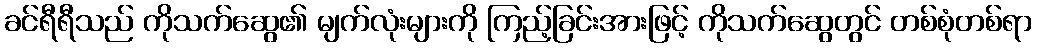
ခင်ရီရီသည် ကိုသက်ဆွေ၏ မျက်လုံးများကို ကြည့်ခြင်းအားဖြင့် ကိုသက်ဆွေတွင် တစ်စုံတစ်ရာ